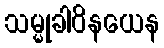
သမ္မုခါဝိနယေန